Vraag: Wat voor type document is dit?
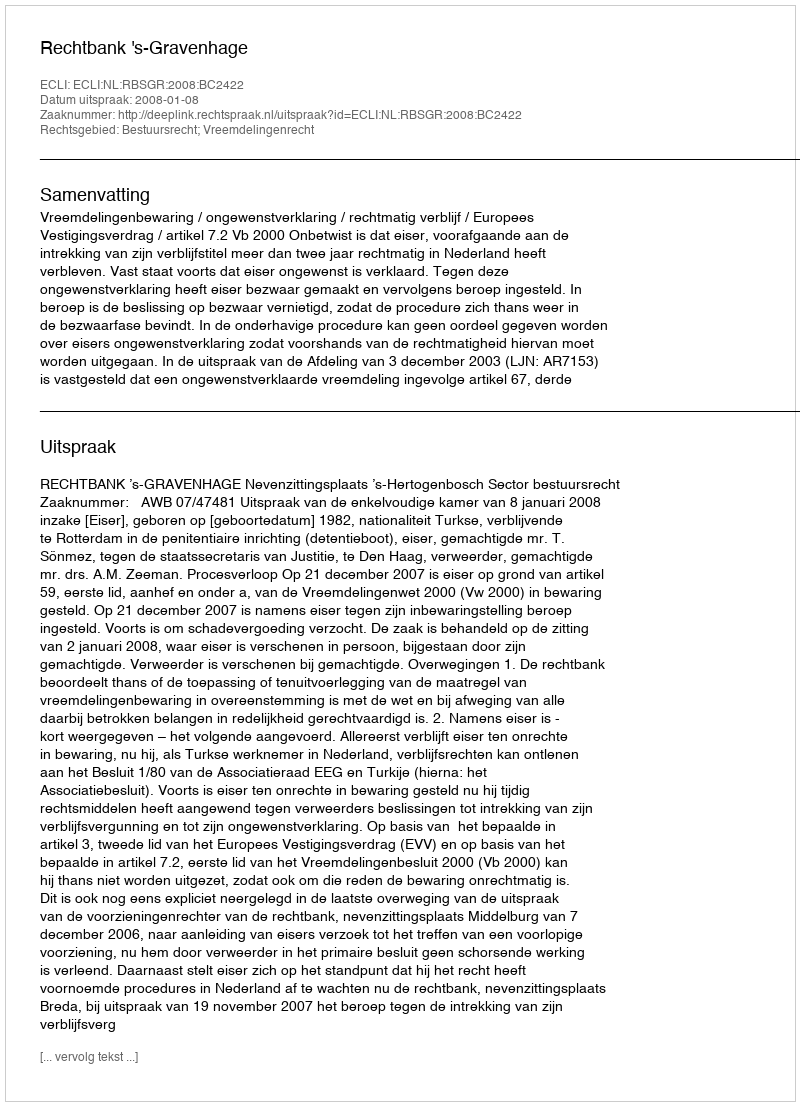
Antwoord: Uitspraak